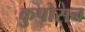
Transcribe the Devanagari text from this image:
कुपोसन